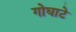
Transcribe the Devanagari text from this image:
गोघाटे